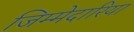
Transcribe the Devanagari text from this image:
जिम्मेदारिया